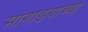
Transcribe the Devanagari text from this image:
सांगाडयाच्या